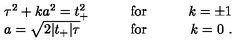
\begin{array} { l c r } { \tau ^ { 2 } + k a ^ { 2 } = t _ { + } ^ { 2 } } & { \qquad \mathrm { f o r } \qquad } & { k = \pm 1 } \\ { a = \sqrt { 2 | t _ { + } | \tau } } & { \qquad \mathrm { f o r } \qquad } & { k = 0 \ . } \\ \end{array}